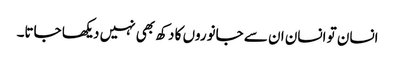
انسان تو انسان ان سے جانوروں کا دکھ بھی نہیں دیکھا جاتا۔